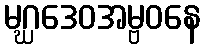
မဂ္ဃဒေဝအမ္ဗဝနေ